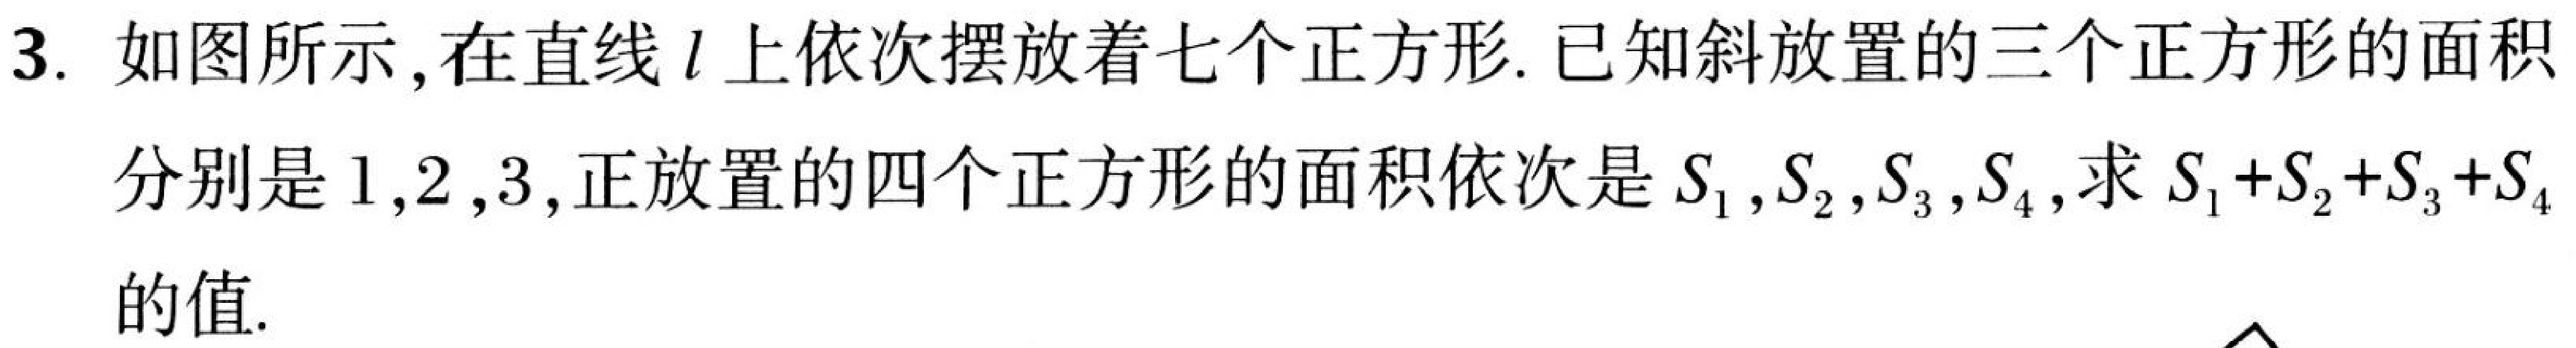
3. 如图所示,在直线\(l\)上依次摆放着七个正方形. 已知斜放置的三个正方形的面积分别是\(1,2,3\),正放置的四个正方形的面积依次是\(S_{1},S_{2},S_{3},S_{4}\),求\(S_{1}+S_{2}+S_{3}+S_{4}\)的值.